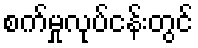
စက်မှုလုပ်ငန်းတွင်